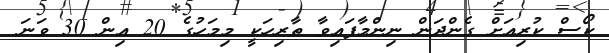
ކޯސް ކުރިއަށް ގެންދަން ނިންމާފައިވާ ތާރިހަކީ މިމަހުގެ 20 އިން 30 ވަނަ